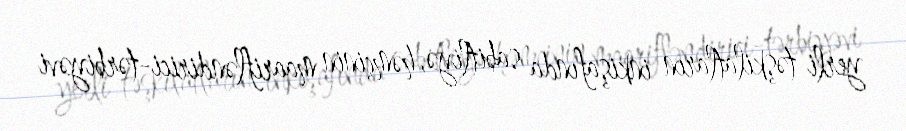
yerli təşkilatların inkişafında sabitliyə, həmçinin maarifləndirici-tərbiyəvi